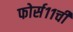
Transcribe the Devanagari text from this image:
फोर्स११ची